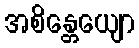
အစိန္တေယျော